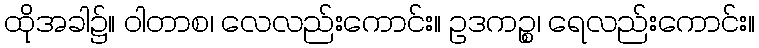
ထိုအခါ၌။ ဝါတာစ၊ လေလည်းကောင်း။ ဥဒကဉ္စ၊ ရေလည်းကောင်း။